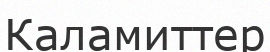
Каламиттер